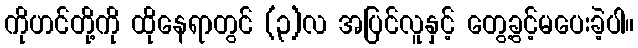
ကိုဟင်တို့ကို ထိုနေရာတွင် (၃)လ အပြင်လူနှင့် တွေ့ခွင့်မပေးခဲ့ပါ။